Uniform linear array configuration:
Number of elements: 16
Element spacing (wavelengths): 0.5
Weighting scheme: hann
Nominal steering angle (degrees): -15
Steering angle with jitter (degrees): -13.037
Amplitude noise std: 0.05
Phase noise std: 0.05

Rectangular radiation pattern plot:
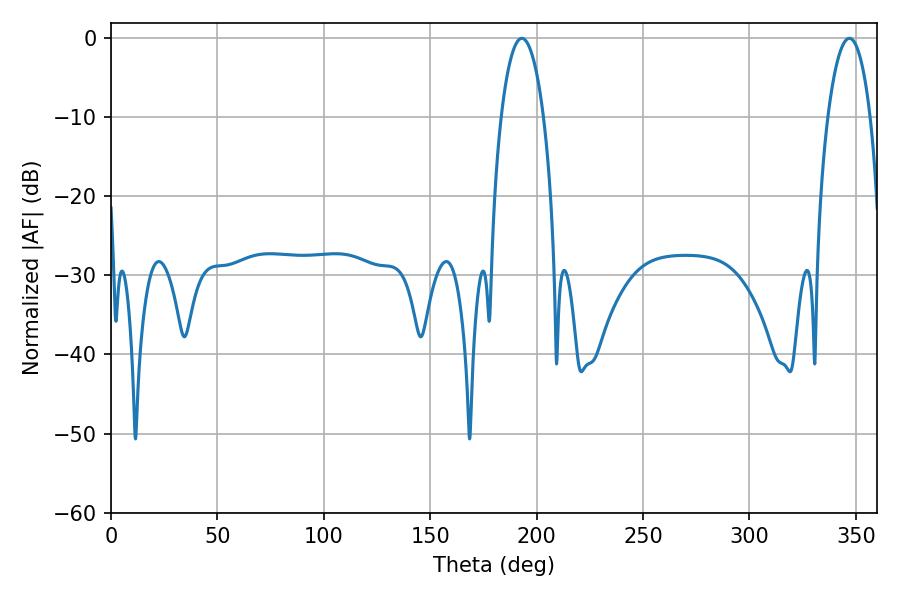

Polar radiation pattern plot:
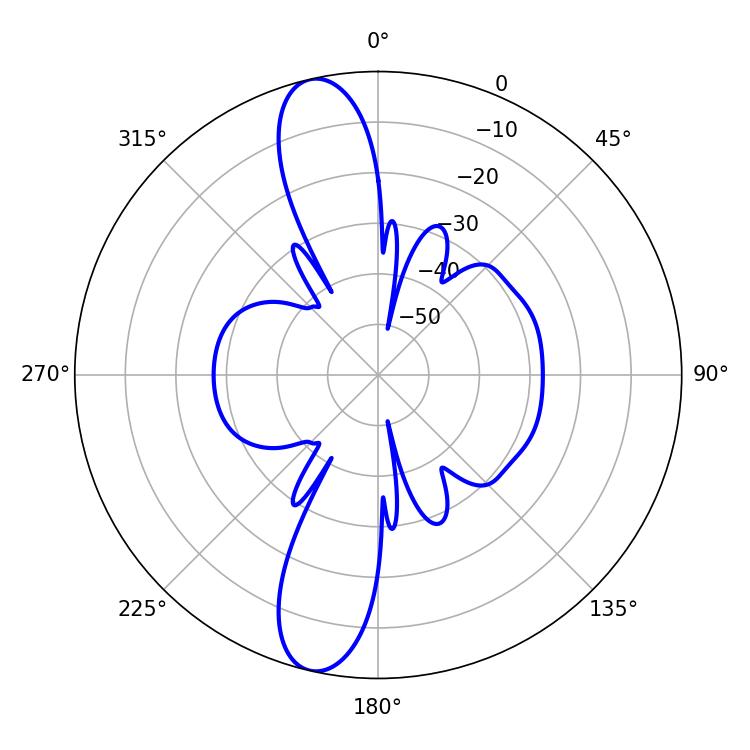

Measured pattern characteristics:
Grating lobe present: FALSE
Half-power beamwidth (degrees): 11.16
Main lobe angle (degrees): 193.14